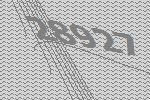
28927